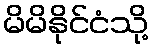
မိမိနိုင်ငံသို့